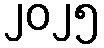
၂၀၂၅